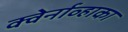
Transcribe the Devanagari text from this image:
क्वेर्नाव्हाका